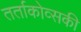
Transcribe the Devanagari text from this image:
तर्ताकोव्सकी